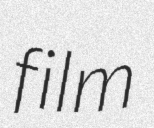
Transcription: film